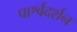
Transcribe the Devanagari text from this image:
पार्श्वदर्शन